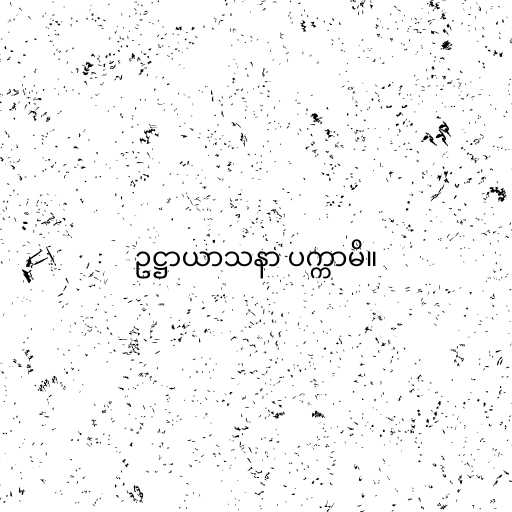
ဥဋ္ဌာယာသနာ ပက္ကာမိ။